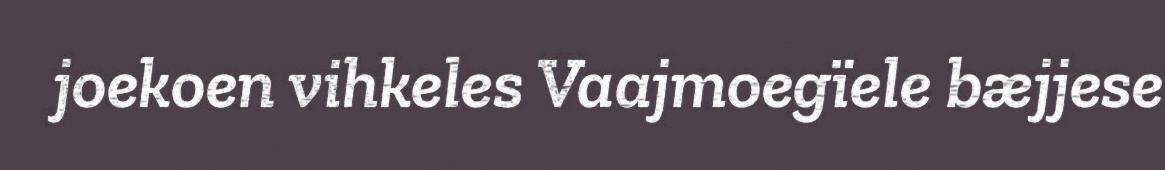
joekoen vihkeles Vaajmoegïele bæjjese